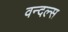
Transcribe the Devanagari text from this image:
वन्दल्स